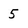
Character: 5